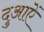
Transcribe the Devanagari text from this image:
दुआऐं